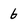
Character: 6